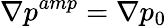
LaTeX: \nabla p^{amp}=\nabla p_{0}